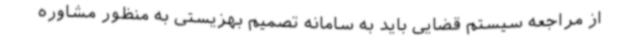
از مراجعه سیستم قضایی باید به سامانه تصمیم بهزیستی به منظور مشاوره